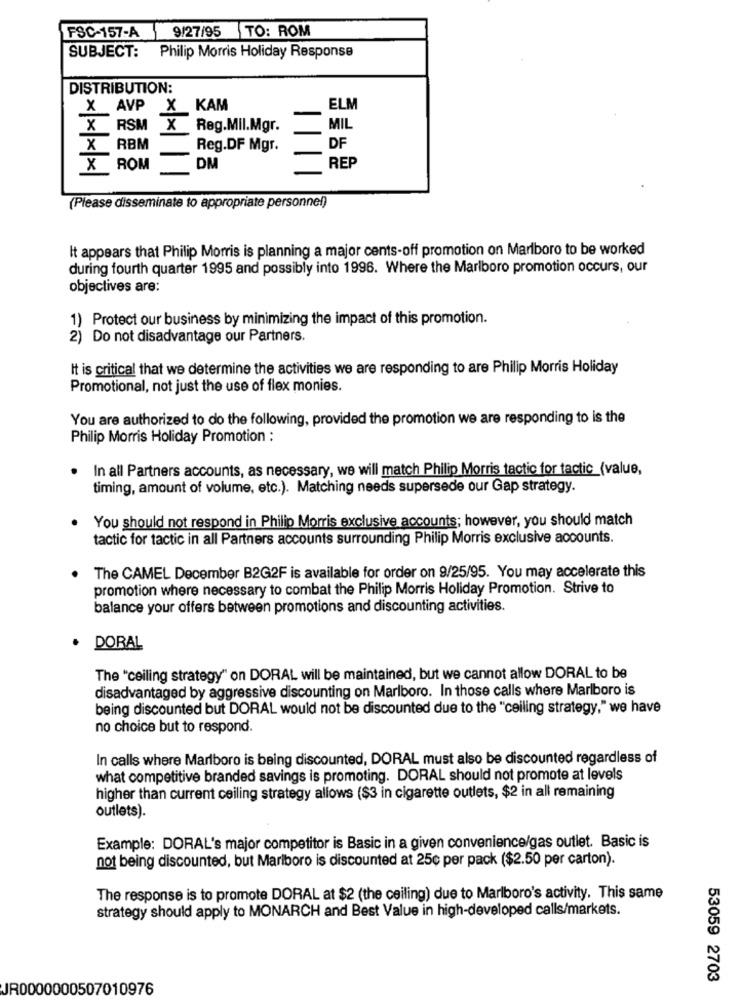
9/27/95 TO: ROM
FSC-157-A
SUBJECT:
Philip Morris Holiday Response
DISTRIBUTION:
X AVP X KAM
ELM
X RSM X
Reg.Mil.Mgr.
MIL
X RBM
Reg.DF Mgr.
DF
X ROM
DM
REP
(Please disseminate to appropriate personnel)
It appears that Philip Morris is planning a major cents-off promotion on Marlboro to be worked
during fourth quarter 1995 and possibly into 1996. Where the Marlboro promotion occurs, our
objectives are:
1) Protect our business by minimizing the impact of this promotion.
2) Do not disadvantage our Partners.
It is critical that we determine the activities we are responding to are Philip Morris Holiday
Promotional, not just the use of flex monies.
You are authorized to do the following, provided the promotion we are responding to is the
Philip Morris Holiday Promotion :
In all Partners accounts, as necessary, we will match Philip Morris tactic for tactic (value,
timing, amount of volume, etc.). Matching needs supersede our Gap strategy.
You should not respond in Philip Morris exclusive accounts; however, you should match
tactic for tactic in all Partners accounts surrounding Philip Morris exclusive accounts.
The CAMEL December B2G2F is available for order on 9/25/95. You may accelerate this
promotion where necessary to combat the Philip Morris Holiday Promotion. Strive to
balance your offers between promotions and discounting activities.
. DORAL
The "ceiling strategy" on DORAL will be maintained, but we cannot allow DORAL to be
disadvantaged by aggressive discounting on Marlboro. In those calls where Marlboro is
being discounted but DORAL would not be discounted due to the "ceiling strategy," we have
no choice but to respond.
In calls where Marlboro is being discounted, DORAL must also be discounted regardless of
what competitive branded savings is promoting. DORAL should not promote at levels
higher than current ceiling strategy allows ($3 in cigarette outlets, $2 in all remaining
outlets).
Example: DORAL's major competitor is Basic in a given convenience/gas outlet. Basic is
not being discounted, but Marlboro is discounted at 25c per pack ($2.50 per carton).
The response is to promote DORAL at $2 (the ceiling) due to Marlboro's activity. This same
strategy should apply to MONARCH and Best Value in high-developed calls/markets.
53059 2703
JR0000000507010976